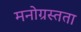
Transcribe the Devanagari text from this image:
मनोग्रस्तता